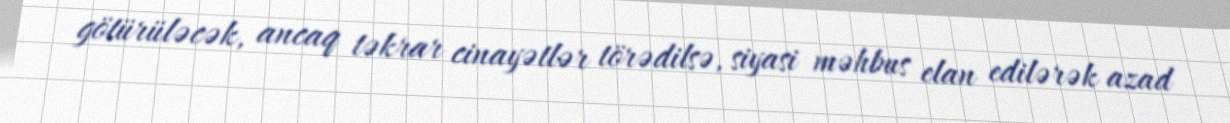
götürüləcək, ancaq təkrar cinayətlər törədilsə, siyasi məhbus elan edilərək azad